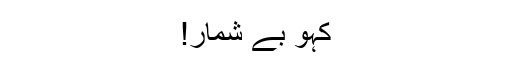
کہو بے شمار!